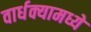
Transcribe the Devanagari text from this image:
वार्धक्यामध्ये